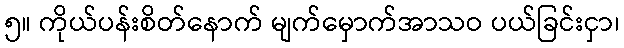
၅။ ကိုယ်ပန်းစိတ်နောက် မျက်မှောက်အာသဝ ပယ်ခြင်းငှာ၊